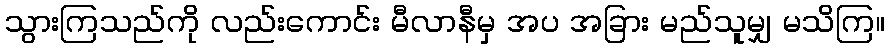
သွားကြသည်ကို လည်းကောင်း မီလာနီမှ အပ အခြား မည်သူမျှ မသိကြ။